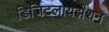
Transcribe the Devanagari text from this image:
डिजिटलायझेशन